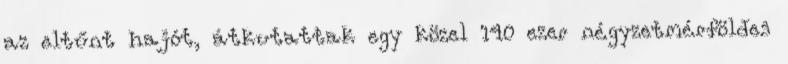
az eltűnt hajót, átkutattak egy közel 140 ezer négyzetmérföldes